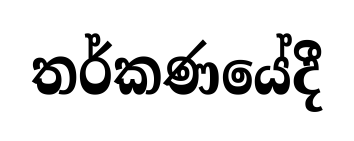
තර්කණයේදී